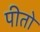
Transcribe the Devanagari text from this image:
पीतो